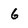
Character: 6